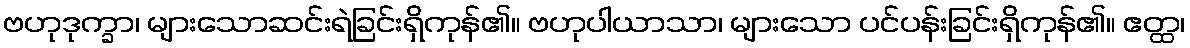
ဗဟုဒုက္ခာ၊ များသောဆင်းရဲခြင်းရှိကုန်၏။ ဗဟုပါယာသာ၊ များသော ပင်ပန်းခြင်းရှိကုန်၏။ ဧတ္ထ၊